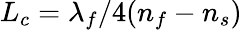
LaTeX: L_{c}=\lambda_{f}/4(n_{f}-n_{s})